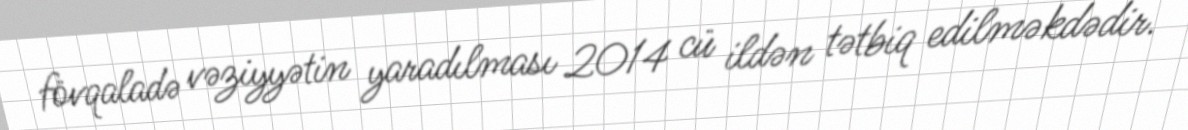
fövqaladə vəziyyətin yaradılması 2014 cü ildən tətbiq edilməkdədir.